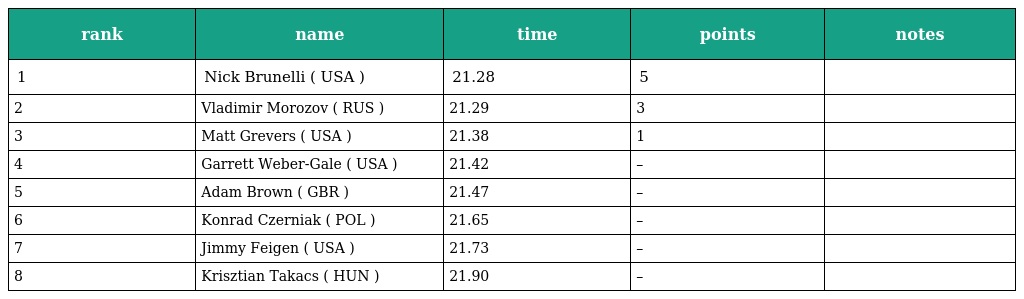
| rank | name | time | points | notes |
 | --- | --- | --- | --- | --- |
 | 1 | Nick Brunelli ( USA ) | 21.28 | 5 |  |
 | 2 | Vladimir Morozov ( RUS ) | 21.29 | 3 |  |
 | 3 | Matt Grevers ( USA ) | 21.38 | 1 |  |
 | 4 | Garrett Weber-Gale ( USA ) | 21.42 | – |  |
 | 5 | Adam Brown ( GBR ) | 21.47 | – |  |
 | 6 | Konrad Czerniak ( POL ) | 21.65 | – |  |
 | 7 | Jimmy Feigen ( USA ) | 21.73 | – |  |
 | 8 | Krisztian Takacs ( HUN ) | 21.90 | – |  |